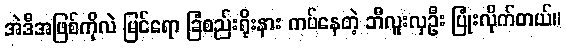
အဲဒီအဖြစ်ကိုလဲ မြင်ရော ခြံစည်းရိုးနား ကပ်နေတဲ့ ဘီလူးလှဦး ပြုံးလိုက်တယ်။